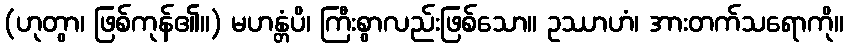
(ဟုတွာ၊ ဖြစ်ကုန်၏။) မဟန္တံပိ၊ ကြီးစွာလည်းဖြစ်သော။ ဥဿာဟံ၊ အားတက်သရောကို။